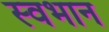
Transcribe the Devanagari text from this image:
स्वभान